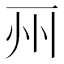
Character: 𠀦